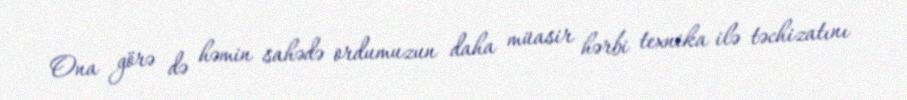
Ona görə də həmin sahədə ordumuzun daha müasir hərbi texnika ilə təchizatını